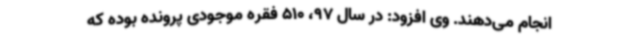
انجام می‌دهند. وی افزود: در سال 97، 510 فقره موجودی پرونده بوده که